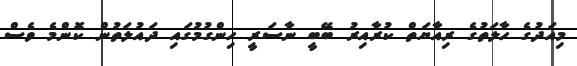
މިއަދުގެ ހާލަތުގެ ރިއާޔަތް ކުރާއިރު ބޭބީ ނާސަރީ ހިންގުމުގައި ދައުލަތުން ކޮންމެ ވެސް